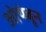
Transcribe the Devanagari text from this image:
ओथंबून